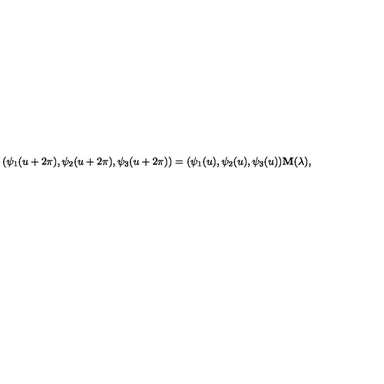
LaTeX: ( \psi _ { 1 } ( u + 2 \pi ) , \psi _ { 2 } ( u + 2 \pi ) , \psi _ { 3 } ( u + 2 \pi ) ) = ( \psi _ { 1 } ( u ) , \psi _ { 2 } ( u ) , \psi _ { 3 } ( u ) ) { \bf M } ( \lambda ) ,